Indian journal of veterinary science and animal husbandry - Volumes 15-17, 1948-1951
Year: 1948
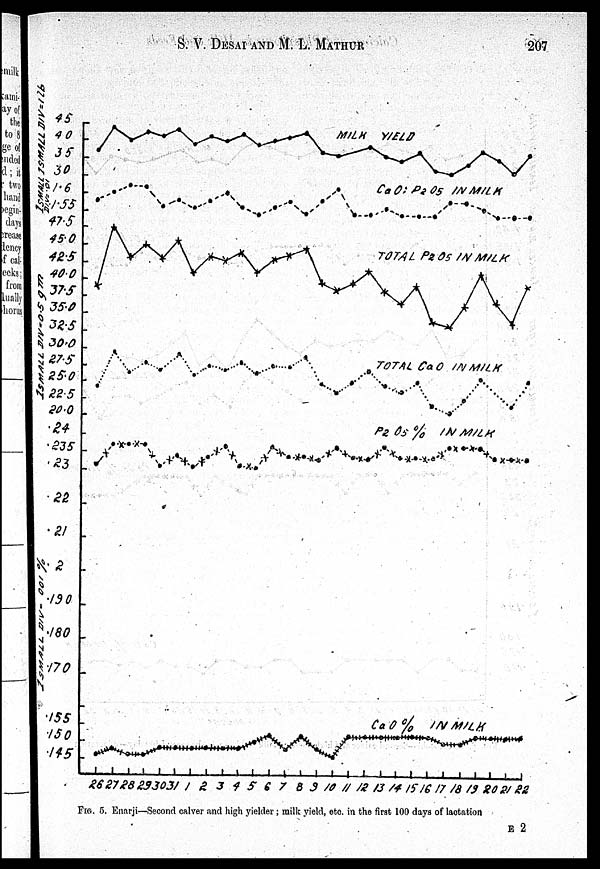
S. V. DESAI AND M. L.
MATHUR
207
FIG. 5. Enarji—Second calver and high yielder; milk yield, etc. in the first 100 days of lactation
E 2